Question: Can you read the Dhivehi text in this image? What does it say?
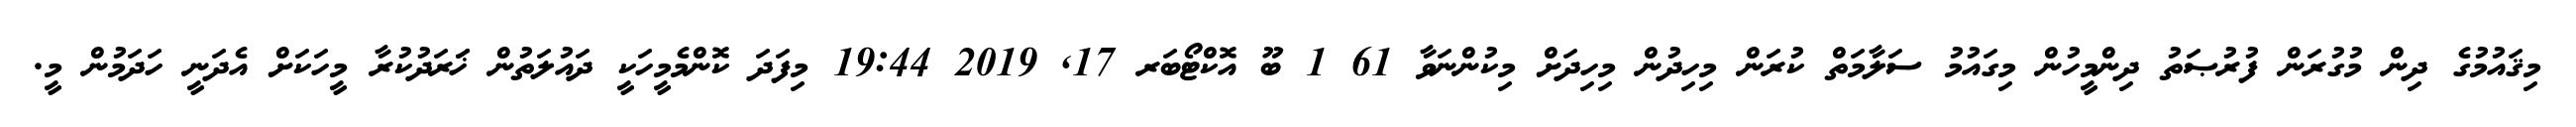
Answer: މިޤައުމުގެ ދިން މުގުރަން ފުރުޞަތު ދިންމީހުން މިގައުމު ސަލާމަތް ކުރަން މިހިދުން މިހިދަށް މިކުންނަވާ 61 1 ބޫ އޮކްޓޯބަރ 17, 2019 19:44 މިފަދަ ކޮންމެމީހަކީ ދައުލަތުން ޚަަރަދުކުރާ މީހަކަށް އެދަނީ ހަދަމުން މީ.